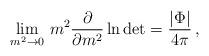
LaTeX: \begin{align*}\lim_{m^2 \to 0} \,m^2 \frac{\partial}{\partial m^2} \ln \mbox{det}=\frac{|\Phi|}{4 \pi}\,,\end{align*}